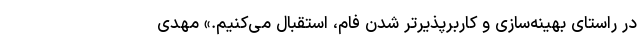
در راستای بهینه‌سازی و کاربرپذیرتر شدن فام، استقبال می‌کنیم.» مهدی